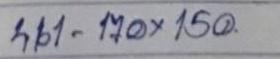
461 - 170 x 150